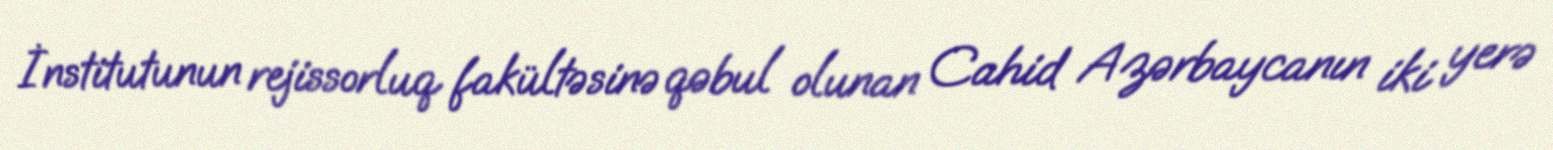
İnstitutunun rejissorluq fakültəsinə qəbul olunan Cahid Azərbaycanın iki yerə